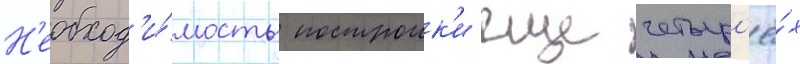
Н'еобход'и́мость построик'и еще четыр'ё́х